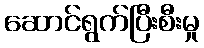
ဆောင်ရွက်ပြီးစီးမှု